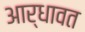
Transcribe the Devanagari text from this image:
आर्धावत